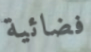
فضائية